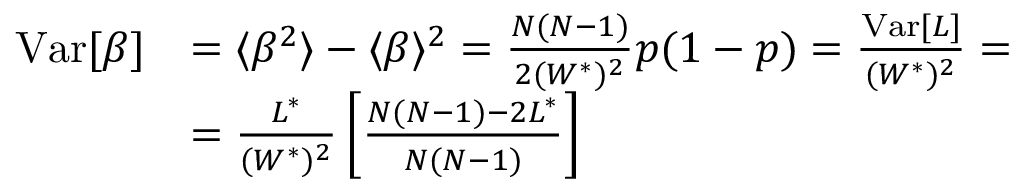
\begin{array} { r l } { \mathrm { V a r } [ \beta ] } & { = \langle \beta ^ { 2 } \rangle - \langle \beta \rangle ^ { 2 } = \frac { N ( N - 1 ) } { 2 ( W ^ { * } ) ^ { 2 } } p ( 1 - p ) = \frac { \mathrm { V a r } [ L ] } { ( W ^ { * } ) ^ { 2 } } = } \\ & { = \frac { L ^ { * } } { ( W ^ { * } ) ^ { 2 } } \left[ \frac { N ( N - 1 ) - 2 L ^ { * } } { N ( N - 1 ) } \right] } \end{array}